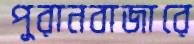
পুরানবাজারে